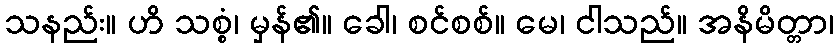
သနည်း။ ဟိ သစ္စံ၊ မှန်၏။ ခေါ၊ စင်စစ်။ မေ၊ ငါသည်။ အနိမိတ္တာ၊